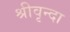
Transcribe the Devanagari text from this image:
श्रीवृन्दा